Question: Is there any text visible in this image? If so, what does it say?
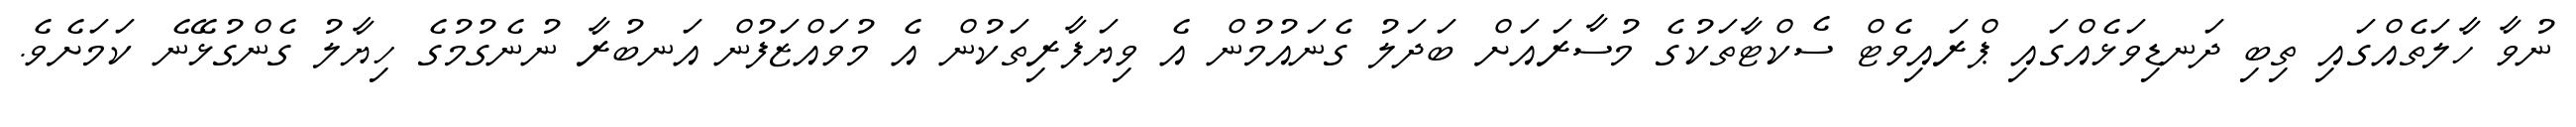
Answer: ނުވާ ހާލަތެއްގައި ތިބި ދަނޑިވަޅެއްގައި ޕްރައިވެޓް ސެކްޓާތަކުގެ މުސާރައަށް ބަދަލު ގެނައުމުން އެ ވިޔަފާރިތަކުން އެ މުވައްޒަފުން އަނބުރާ ނުނެގުމުގެ ހިޔާލު ގެންގުޅޭނެ ކަމަށެވެ.